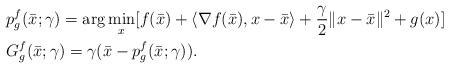
LaTeX: \begin{align*}&p^f_g(\bar{x};\gamma)=\arg\min_{x}[f(\bar{x})+ \langle \nabla f(\bar{x}), x-\bar{x}\rangle +\frac{\gamma}{2}\|x-\bar{x}\|^2+g(x)]\\&G^f_g(\bar{x};\gamma)=\gamma (\bar{x}-p^f_g(\bar{x};\gamma)).\end{align*}